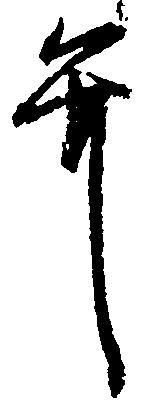
弁